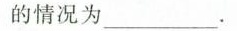
情况为___.